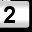
Digit: 2